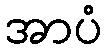
အာပံ